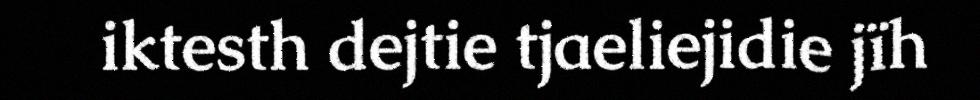
iktesth dejtie tjaeliejidie jïh